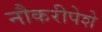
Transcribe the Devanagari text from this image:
नौकरीपेशे